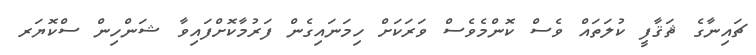
ޗައިނާގެ ޘަޤާފީ ކުލަތައް ވެސް ކޮންމެވެސް ވަރަކަށް ހިމަނައިގެން ފަރުމާކޮށްފައިވާ ޝަންހިން ސްކޮޔަރ